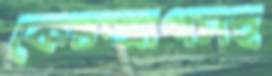
কেচআপসহ